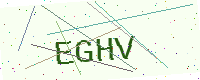
Text: EGHV